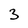
Character: 3